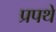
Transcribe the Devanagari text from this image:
प्रपथे